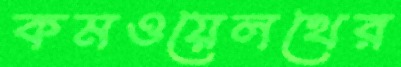
কমওয়েলথের